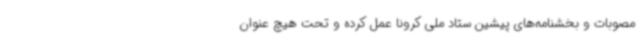
مصوبات و بخشنامه‌های پیشین ستاد ملی کرونا عمل کرده و تحت هیچ عنوان